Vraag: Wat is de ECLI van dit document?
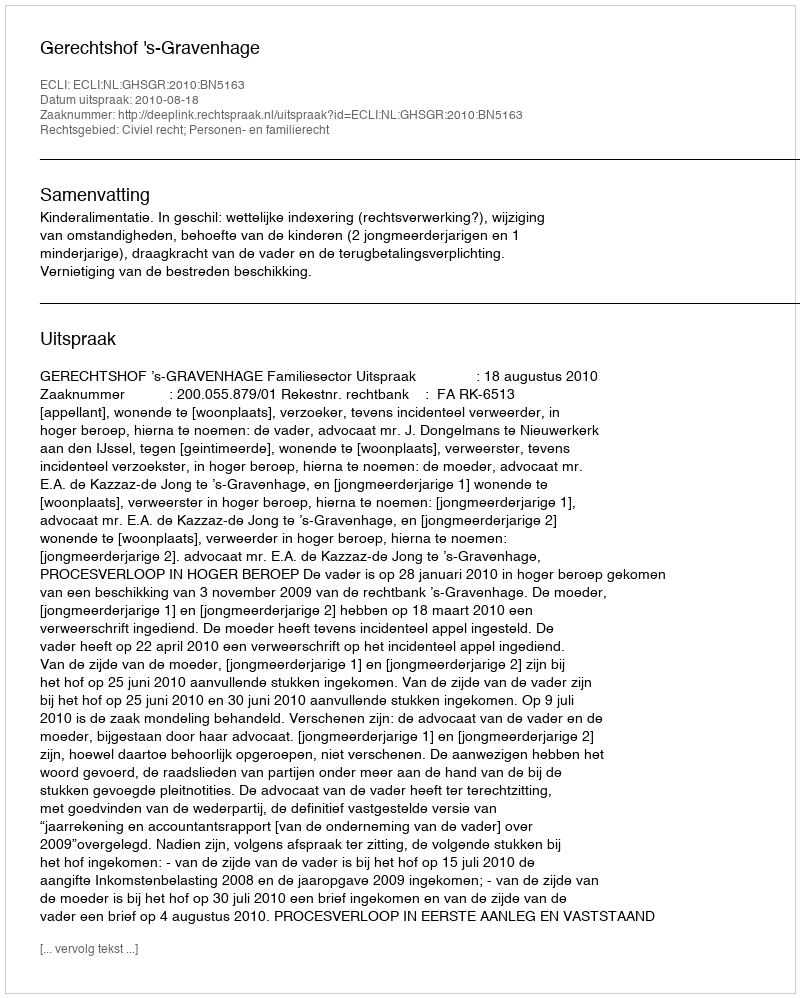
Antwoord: ECLI:NL:GHSGR:2010:BN5163